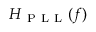
H _ { \mathrm { ~ P ~ L ~ L ~ } } ( f )